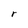
Character: r